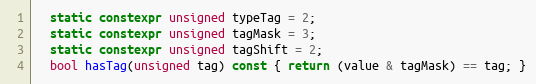
Language: C++
  static constexpr unsigned typeTag = 2;
  static constexpr unsigned tagMask = 3;
  static constexpr unsigned tagShift = 2;
  bool hasTag(unsigned tag) const { return (value & tagMask) == tag; }